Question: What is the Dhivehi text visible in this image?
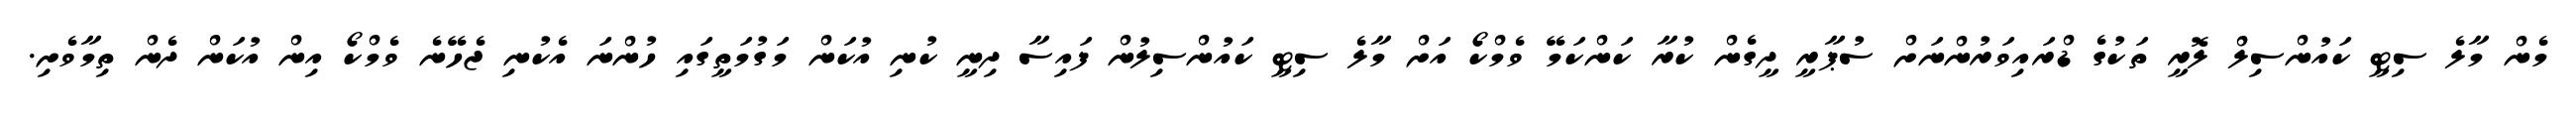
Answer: މެން މާލެ ސިޓީ ކައުންސިލް ލޮރީ ތަކުގެ ޑްރައިވަރުންނަށް ސުޕާރީ ދީގެން ކުރާ ކަންކަމޭ ވެމްކޯ އަށް މާލެ ސިޓީ ކައުންސިލުން ފައިސާ ދިނީ ކުނި އުކަން މަގުމަތީގައި ހުންނަ އެކުނި ޖެހޭނެ ވެމްކޯ އިން އުކަން ދެން ތިމާވެށި.